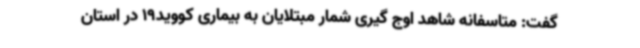
گفت: متاسفانه شاهد اوج گیری شمار مبتلایان به بیماری کووید19 در استان